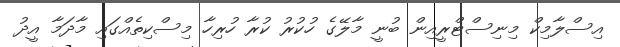
އިސްލާމިކް މިނިސްޓްރީއިން ބުނީ މާލޭގެ ހުކުރު ކުރާ ހުރިހާ މިސްކިތެއްގައި މާދަމާ އީދު